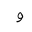
Letter: _waw